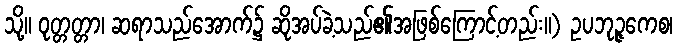
သို့။ ဝုတ္တတ္တာ၊ ဆရာသည်အောက်၌ ဆိုအပ်ခဲ့သည်၏အဖြစ်ကြောင့်တည်း။) ဥပဘုဉ္ဇကေစ၊